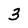
Character: 3